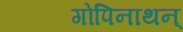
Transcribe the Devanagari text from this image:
गोपिनाथन्